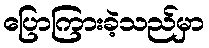
ပြောကြားခဲ့သည်မှာ